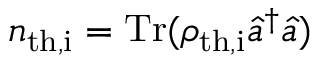
n _ { \mathrm { t h , i } } = \mathrm { T r } ( \rho _ { \mathrm { t h , i } } \hat { a } ^ { \dagger } \hat { a } )